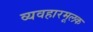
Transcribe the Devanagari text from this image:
व्यवहारमूलक